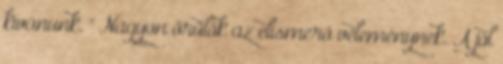
kívánunk. " Nagyon örülök az elismerő véleménynek. A jól